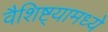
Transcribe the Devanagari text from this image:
वैशिष्ट्यामध्ये